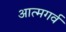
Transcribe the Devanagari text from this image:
आत्मगर्व